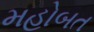
મહોબત